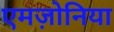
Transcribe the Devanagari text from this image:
एमज़ोनिया